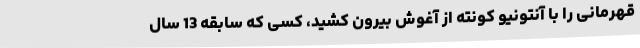
قهرمانی را با آنتونیو کونته از آغوش بیرون کشید، کسی که سابقه 13 سال